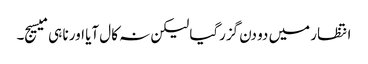
انتظار میں دو دن گزرگیا لیکن نہ کال آیا اور نا ہی میسیج۔